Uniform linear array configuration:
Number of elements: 12
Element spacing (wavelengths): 0.25
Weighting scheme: uniform
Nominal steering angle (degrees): -30
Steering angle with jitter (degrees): -31.156
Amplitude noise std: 0.05
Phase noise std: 0.05

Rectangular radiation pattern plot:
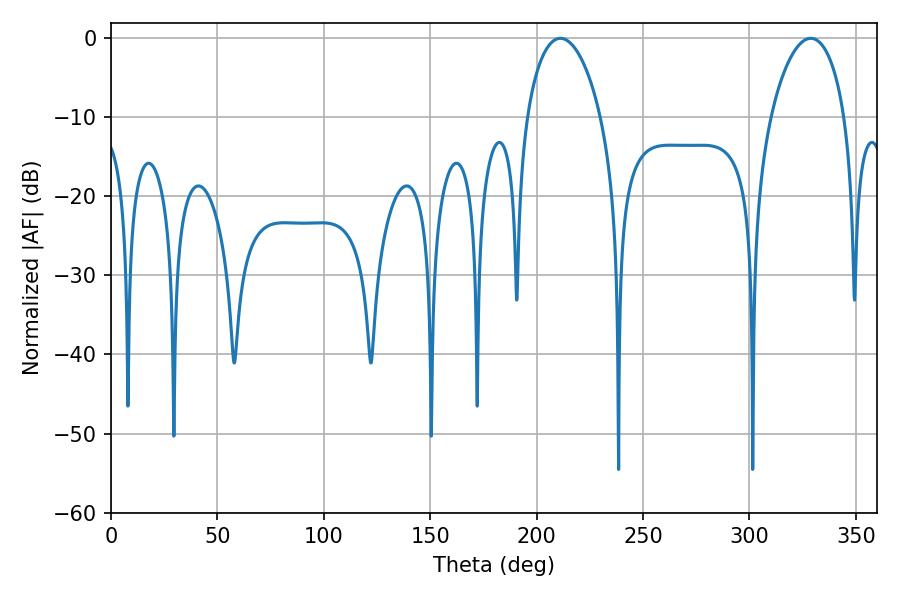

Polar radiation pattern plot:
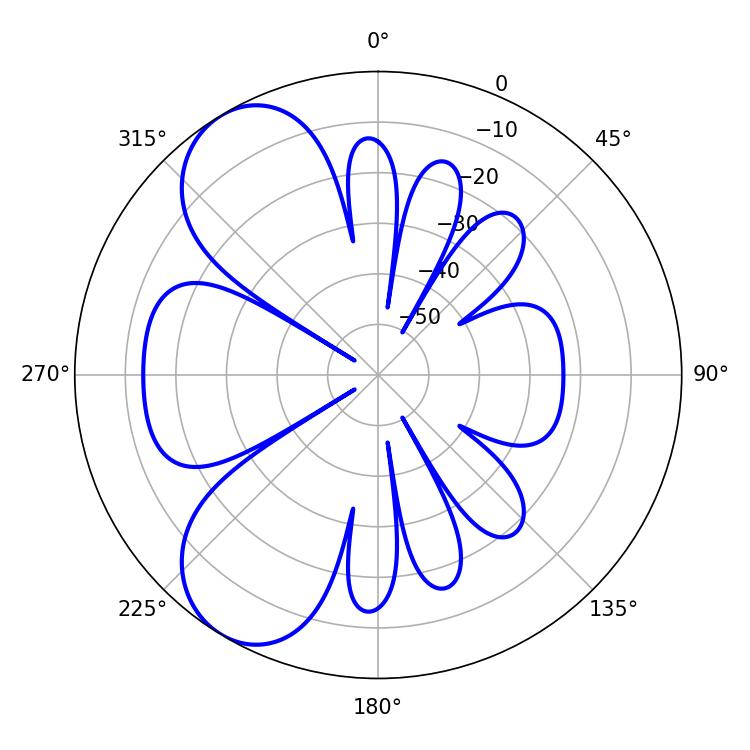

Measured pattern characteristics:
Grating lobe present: FALSE
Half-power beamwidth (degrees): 19.8
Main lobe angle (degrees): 211.14